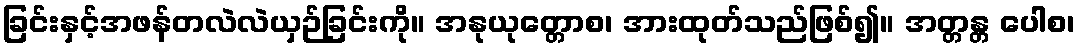
ခြင်းနှင့်အဖန်တလဲလဲယှဉ်ခြင်းကို။ အနုယုတ္တောစ၊ အားထုတ်သည်ဖြစ်၍။ အတ္တန္တ ပေါစ၊